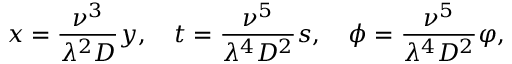
x = \frac { \nu ^ { 3 } } { \lambda ^ { 2 } D } y , \ \ \ t = \frac { \nu ^ { 5 } } { \lambda ^ { 4 } D ^ { 2 } } s , \ \ \ \phi = \frac { \nu ^ { 5 } } { \lambda ^ { 4 } D ^ { 2 } } \varphi ,